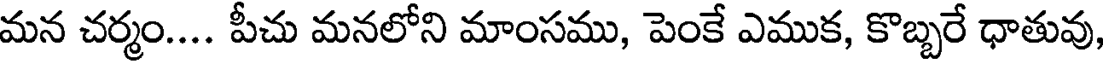
మన చర్మం.... పీచు మనలోని మాంసము, పెంకే ఎముక, కొబ్బరే ధాతువు,